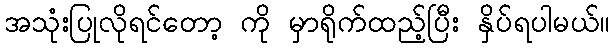
အသုံးပြုလိုရင်တော့ ကို မှာရိုက်ထည့်ပြီး နှိပ်ရပါမယ်။